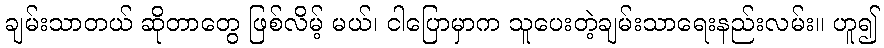
ချမ်းသာတယ် ဆိုတာတွေ ဖြစ်လိမ့် မယ်၊ ငါပြောမှာက သူပေးတဲ့ချမ်းသာရေးနည်းလမ်း။ ဟူ၍